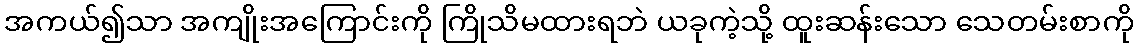
အကယ်၍သာ အကျိုးအကြောင်းကို ကြိုသိမထားရဘဲ ယခုကဲ့သို့ ထူးဆန်းသော သေတမ်းစာကို